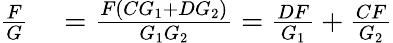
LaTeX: \begin{array}{rl}{{\frac{F}{G}}}&{{}={\frac{F(CG_{1}+DG_{2})}{G_{1}G_{2}}}={\frac{DF}{G_{1}}}+{\frac{CF}{G_{2}}}}\end{array}